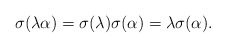
\begin{align*}\sigma(\lambda\alpha)=\sigma(\lambda)\sigma(\alpha)=\lambda\sigma(\alpha).\end{align*}